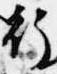
行